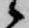
候